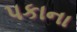
પકાના